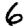
Digit: 6